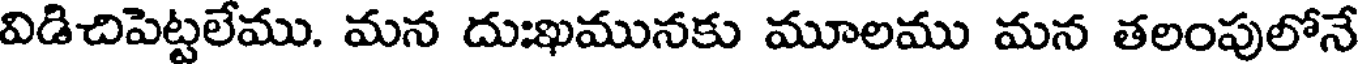
విడిచిపెట్టలేము. మన దుఃఖమునకు మూలము మన తలంపులోనే